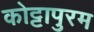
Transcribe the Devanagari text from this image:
कोट्टापुरम